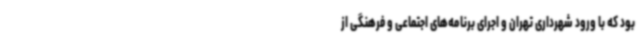
بود که با ورود شهرداری تهران و اجرای برنامه‌های اجتماعی و فرهنگی از